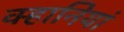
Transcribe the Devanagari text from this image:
क्हानियां